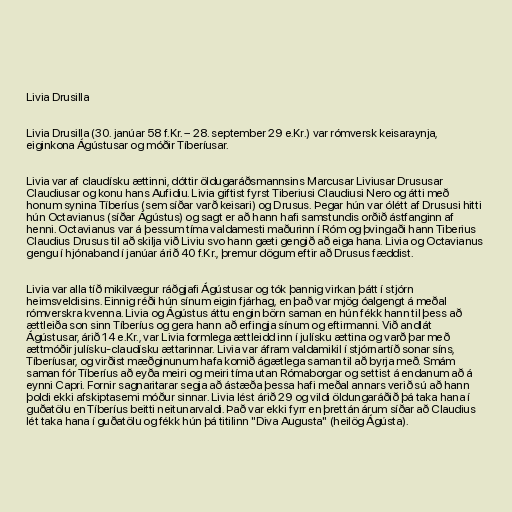
Livia Drusilla

Livia Drusilla (30. janúar 58 f.Kr. – 28. september 29 e.Kr.) var rómversk keisaraynja,
eiginkona Ágústusar og móðir Tíberíusar.

Livia var af claudísku ættinni, dóttir öldugaráðsmannsins Marcusar Liviusar Drususar
Claudiusar og konu hans Aufidiu. Livia giftist fyrst Tiberiusi Claudiusi Nero og átti með
honum synina Tíberíus (sem síðar varð keisari) og Drusus. Þegar hún var ólétt af Drususi hitti
hún Octavianus (síðar Ágústus) og sagt er að hann hafi samstundis orðið ástfanginn af
henni. Octavianus var á þessum tíma valdamesti maðurinn í Róm og þvingaði hann Tiberius
Claudius Drusus til að skilja við Liviu svo hann gæti gengið að eiga hana. Livia og Octavianus
gengu í hjónaband í janúar árið 40 f.Kr., þremur dögum eftir að Drusus fæddist.

Livia var alla tíð mikilvægur ráðgjafi Ágústusar og tók þannig virkan þátt í stjórn
heimsveldisins. Einnig réði hún sínum eigin fjárhag, en það var mjög óalgengt á meðal
rómverskra kvenna. Livia og Ágústus áttu engin börn saman en hún fékk hann til þess að
ættleiða son sinn Tíberíus og gera hann að erfingja sínum og eftirmanni. Við andlát
Ágústusar, árið 14 e.Kr., var Livia formlega ættleidd inn í julísku ættina og varð þar með
ættmóðir julísku-claudísku ættarinnar. Livia var áfram valdamikil í stjórnartíð sonar síns,
Tíberíusar, og virðist mæðginunum hafa komið ágætlega saman til að byrja með. Smám
saman fór Tíberíus að eyða meiri og meiri tíma utan Rómaborgar og settist á endanum að á
eynni Capri. Fornir sagnaritarar segja að ástæða þessa hafi meðal annars verið sú að hann
þoldi ekki afskiptasemi móður sinnar. Livia lést árið 29 og vildi öldungaráðið þá taka hana í
guðatölu en Tíberíus beitti neitunarvaldi. Það var ekki fyrr en þrettán árum síðar að Claudius
lét taka hana í guðatölu og fékk hún þá titilinn "Diva Augusta" (heilög Ágústa).